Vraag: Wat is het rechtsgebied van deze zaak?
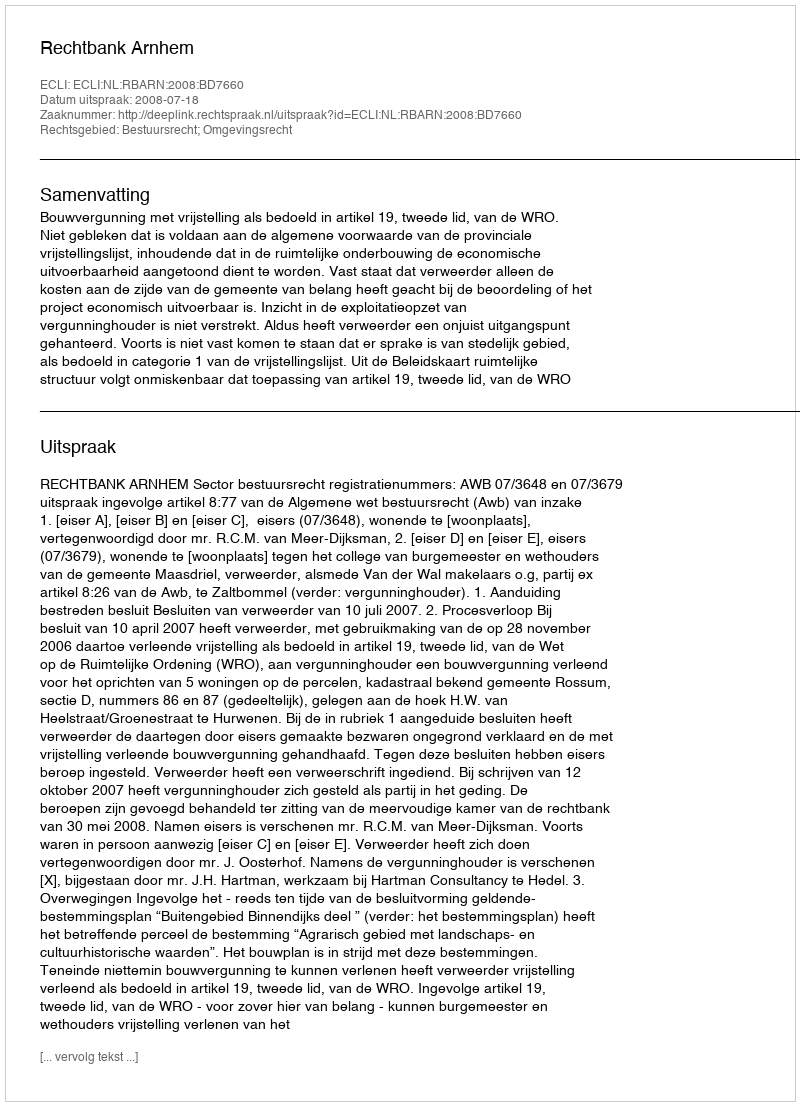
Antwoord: Bestuursrecht; Omgevingsrecht